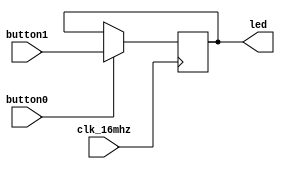
/* Example of NOT instantiating a latch. */

module latch3
(
    input wire clk_16mhz,
    input wire button0,
    input wire button1,
    output reg led
);

always @ (posedge clk_16mhz)
begin
    if (button0) begin
        led <= button1;
    end
end

endmodule